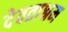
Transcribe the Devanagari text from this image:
देवताश्रम